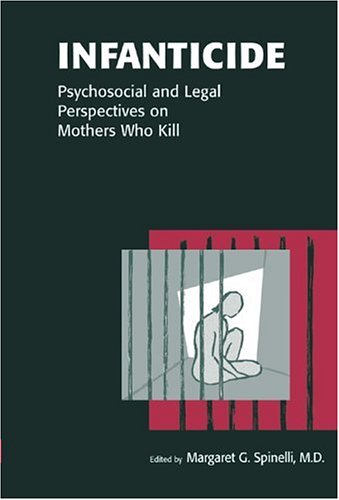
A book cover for Infanticide: Psychosocial and Legal Perspectives on Mothers Who Kill; Health, Fitness & Dieting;